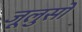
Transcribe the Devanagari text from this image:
जूलुसों